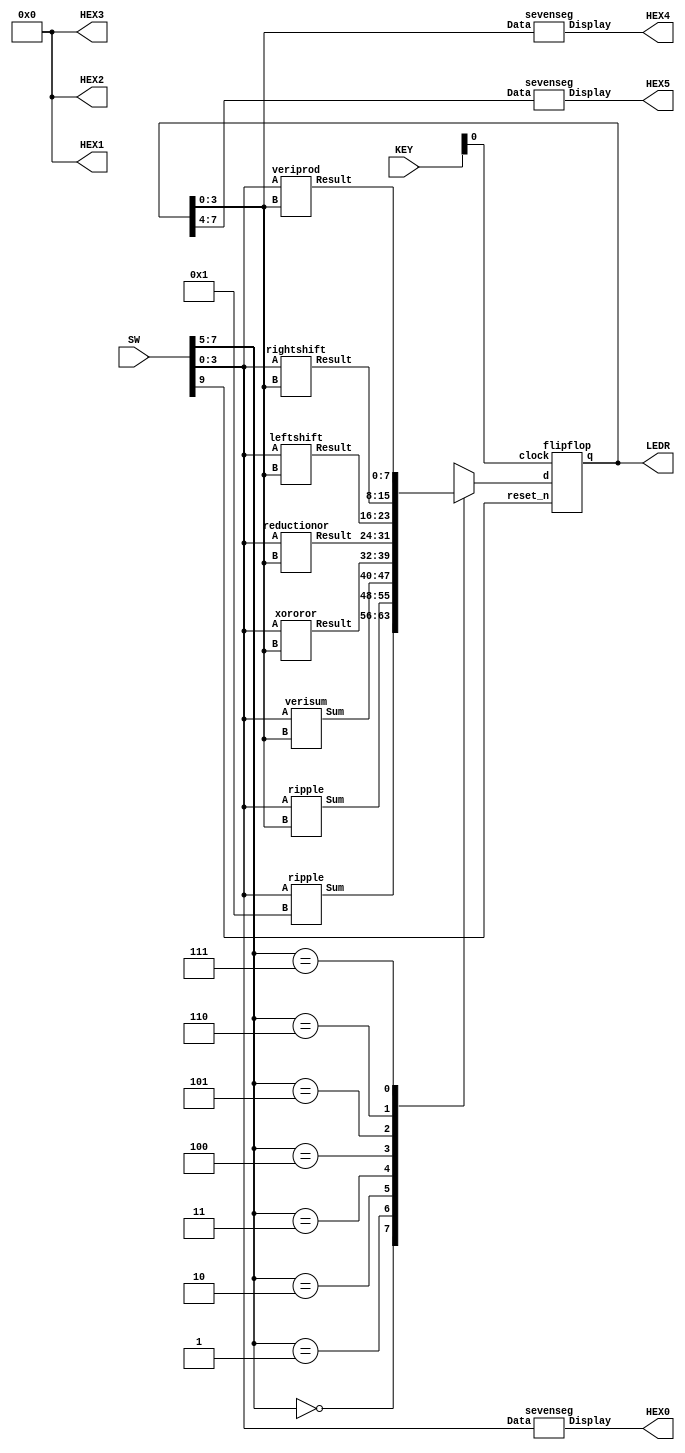


module regalu(LEDR, SW, KEY, HEX0, HEX1, HEX2, HEX3, HEX4, HEX5);

	input[9:0] SW;
	input[2:0] KEY;

	output[7:0] LEDR;
	output[6:0] HEX0;
	output[6:0] HEX1;
	output[6:0] HEX2;
	output[6:0] HEX3;
	output[6:0] HEX4;
	output[6:0] HEX5;

	wire[7:0] Case0;
	wire[7:0] Case1;
	wire[7:0] Case2;
	wire[7:0] Case3;
	wire[7:0] Case4;
	wire[7:0] Case5;
	wire[7:0] Case6;
	wire[7:0] Case7;

	reg[7:0] Out;
	wire [7:0] Final;

	ripple u0 (
		.A(SW[3:0]),
		.B(4'b0001),
		.Sum(Case0[7:0])
	);

	ripple u1 (
		.A(SW[3:0]),
		.B(Final[3:0]),
		.Sum(Case1[7:0])
	);

	verisum u2 (
		.A(SW[3:0]),
		.B(Final[3:0]),
		.Sum(Case2[7:0])
	);

	xororor u3 (
		.A(SW[3:0]),
		.B(Final[3:0]),
		.Result(Case3[7:0])
	);

	reductionor u4 (
		.A(SW[3:0]),
		.B(Final[3:0]),
		.Result(Case4[7:0])
	);

	leftshift u5 (
		.A(SW[3:0]),
		.B(Final[3:0]),
		.Result(Case5[7:0])
	);

	rightshift u6 (
		.A(SW[3:0]),
		.B(Final[3:0]),
		.Result(Case6[7:0])
	);

	veriprod u7 (
		.A(SW[3:0]),
		.B(Final[3:0]),
		.Result(Case7[7:0])
	);

	always @(*)
	begin
		case(SW[7:5])
			3'b000: Out = Case0; // case 0
			3'b001: Out = Case1; // case 1
			3'b010: Out = Case2; // case 2
			3'b011: Out = Case3; // case 3
			3'b100: Out = Case4; // case 4
			3'b101: Out = Case5; // case 5
			3'b110: Out = Case6; // case 5
			3'b111: Out = Case7; // case 5
			default: Out = 8'b00000000; //default case		
		endcase
	end


	flipflop u8(
		.d(Out[7:0]),
		.clock(KEY[0]),
		.reset_n(SW[9]),
		.q(Final[7:0])
	);

	assign LEDR = Final;

	sevenseg u9 (
		.Data(SW[3:0]),
		.Display(HEX0[6:0])
	);

	sevenseg u10 (
		.Data(Final[3:0]),
		.Display(HEX4[6:0])
	);

	sevenseg u11 (
		.Data(Final[7:4]),
		.Display(HEX5[6:0])
	);

	assign HEX1[6:0] = 7'b0000000;
	assign HEX2[6:0] = 7'b0000000;
	assign HEX3[6:0] = 7'b0000000;

endmodule



module flipflop(d, clock, reset_n, q);
	input[7:0] d;
	input clock;
	input reset_n;
	
	output reg[7:0] q;

	always @(posedge clock) // Triggered every time clock rises
				// Note that clock is not a keyword
	begin
		if(reset_n == 1'b0) // When reset n is 0
				// Note this is tested on every rising
				// clock edge
			q <= 0; // Set q to 0
				// Note that the assignment uses <=
				// instead of =
		else		// When reset_n is not 0
			q <= d; //Store the value of d in q
	end
endmodule



module concat(A, B, Result);
	input[3:0] A;
	input[3:0] B;
	output[7:0] Result;
	
	assign Result[7:0] = {A, B};

endmodule


module reductionor(A, B, Result);
	input[3:0] A;
	input[3:0] B;
	output[7:0] Result;
	
	assign Result[0] = | {A, B};
	assign Result[7:1] = 7'b0000000;

endmodule

module xororor(A, B, Result);
	input[3:0] A;
	input[3:0] B;
	output[7:0] Result;

	assign Result[3:0] = A^B;
	assign Result[7:4] = A|B;
endmodule



module verisum(A, B, Sum);
	input[3:0] A;
	input[3:0] B;
	output[7:0] Sum;
	
	assign Sum[3:0] = A + B;
	assign Sum[7:4] = 4'b0000;
endmodule


module leftshift(A, B, Result);
	input[3:0] A;
	input[3:0] B;
	output[7:0] Result;

	assign Result = B << A;
endmodule

module rightshift(A, B, Result);
	input[3:0] A;
	input[3:0] B;
	output[7:0] Result;

	assign Result = B >> A;
endmodule

module veriprod(A, B, Result);
	input[3:0] A;
	input[3:0] B;
	output[7:0] Result;

	assign Result = A*B;
endmodule



module ripple(A, B, Sum);
	input[3:0] A;
	input[3:0] B;
	output[7:0] Sum;
	wire dummy;
	
	wire w01;
	wire w12;
	wire w23;
	
	full_adder u0 (
		.sum(Sum[0]),
		.cout(w01),
		.a(A[0]),
		.b(B[0]),
		.cin(1'b0)
	);

	full_adder u1 (
		.sum(Sum[1]),
		.cout(w12),
		.a(A[1]),
		.b(B[1]),
		.cin(w01)
	);

	full_adder u2 (
		.sum(Sum[2]),
		.cout(w23),
		.a(A[2]),
		.b(B[2]),
		.cin(w12)
	);

	full_adder u3 (
		.sum(Sum[3]),
		.cout(dummy),
		.a(A[3]),
		.b(B[3]),
		.cin(w23)
	);

	assign Sum[7:4] = 4'b0000;
	
endmodule


module full_adder(sum, cout, a, b, cin);
	output sum, cout;
	input a, b, cin;
	
	assign sum = a^b^cin;
	assign cout = (a&b)|(cin&(a^b));
endmodule


module sevenseg (Display, Data);
	input[3:0] Data;
	output[6:0] Display;

	assign Display[0] = ~Data[3] & ~Data[2] & ~Data[1] &  Data[0] |
			 ~Data[3] &  Data[2] & ~Data[1] & ~Data[0] |
			  Data[3] &  Data[2] & ~Data[1] &  Data[0] |
			  Data[3] & ~Data[2] &  Data[1] &  Data[0];

	assign Display[1] = ~Data[3] &  Data[2] & ~Data[1] &  Data[0] |
			  Data[3] &  Data[2] & ~Data[1] & ~Data[0] |
			  Data[3] &           Data[1] &  Data[0] |
			           Data[2] &  Data[1] & ~Data[0];

	assign Display[2] =  Data[3] &  Data[2] & ~Data[1] & ~Data[0] |
			 ~Data[3] & ~Data[2] &  Data[1] & ~Data[0] |
			  Data[3] &  Data[2] &  Data[1];


	assign Display[3] = ~Data[3] &  Data[2] & ~Data[1] & ~Data[0] |
			          ~Data[2] & ~Data[1] &  Data[0] |
			           Data[2] &  Data[1] &  Data[0] |
			  Data[3] & ~Data[2] &  Data[1] & ~Data[0];

	assign Display[4] = ~Data[3] &                    Data[0] |
			 ~Data[3] &  Data[2] & ~Data[1]          |
			          ~Data[2] & ~Data[1] &  Data[0];


	assign Display[5] = ~Data[3] & ~Data[2]          &  Data[0] |
			 ~Data[3] & ~Data[2] &  Data[1]          |
			 ~Data[3] &           Data[1] &  Data[0] |
			  Data[3] &  Data[2] & ~Data[1] &  Data[0];

	assign Display[6] = ~Data[3] & ~Data[2]  & ~Data[1]         |
			 ~Data[3] &  Data[2] &  Data[1] &  Data[0] |
			  Data[3] &  Data[2] & ~Data[1] & ~Data[0];

endmodule